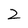
Character: 2